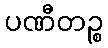
ပဏီတဉ္စ